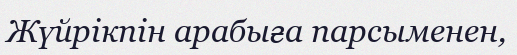
Жүйрікпін арабыға парсыменен,